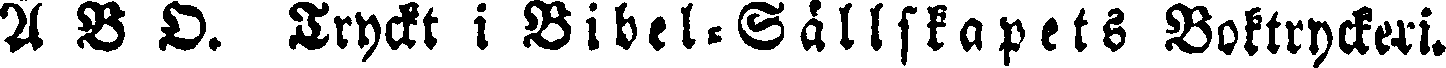
A B O. Tryckt i Bibel-Sällskapets Boktryckeri.